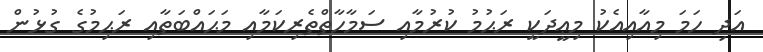
އަދި ހަމަ މިއާއިއެކު މިޢީދަކީ ރަޙުމު ކުރުމާއި ސަމާހާތްތެރިކަމާއި މަޙައްބަތާއި ރަޙިމުގެ ގުޅުން